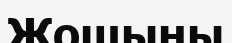
Жошыны